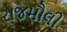
રાજમૌલી